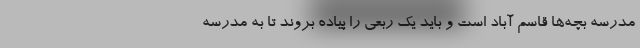
مدرسه بچه‌ها قاسم آباد است و باید یک ربعی را پیاده بروند تا به مدرسه